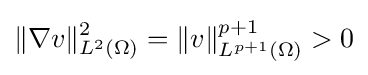
\|\nabla v\|_{L^{2}(\Omega )}^{2}=\|v\|_{L^{p+1}(\Omega )}^{p+1}>0